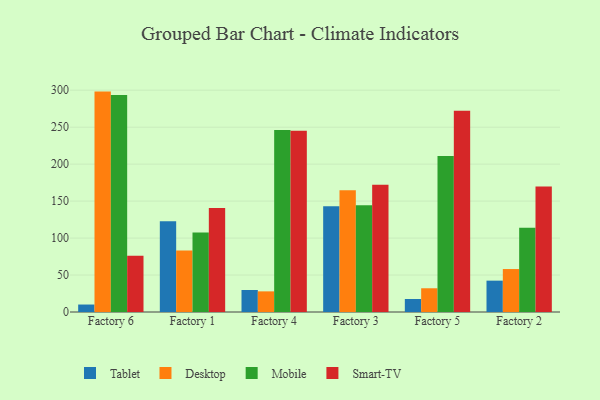
{"axis": {"x": "Factory", "y": "Production Output"}, "legend": ["Desktop", "Mobile", "Smart-TV", "Tablet"], "data": [{"x": "Factory 6", "y": 10.1, "type": "Tablet"}, {"x": "Factory 6", "y": 298.1, "type": "Desktop"}, {"x": "Factory 6", "y": 293.4, "type": "Mobile"}, {"x": "Factory 6", "y": 76.1, "type": "Smart-TV"}, {"x": "Factory 1", "y": 122.6, "type": "Tablet"}, {"x": "Factory 1", "y": 83.3, "type": "Desktop"}, {"x": "Factory 1", "y": 107.5, "type": "Mobile"}, {"x": "Factory 1", "y": 140.7, "type": "Smart-TV"}, {"x": "Factory 4", "y": 29.8, "type": "Tablet"}, {"x": "Factory 4", "y": 27.9, "type": "Desktop"}, {"x": "Factory 4", "y": 246.3, "type": "Mobile"}, {"x": "Factory 4", "y": 245.2, "type": "Smart-TV"}, {"x": "Factory 3", "y": 143.0, "type": "Tablet"}, {"x": "Factory 3", "y": 164.8, "type": "Desktop"}, {"x": "Factory 3", "y": 144.5, "type": "Mobile"}, {"x": "Factory 3", "y": 172.2, "type": "Smart-TV"}, {"x": "Factory 5", "y": 17.6, "type": "Tablet"}, {"x": "Factory 5", "y": 32.1, "type": "Desktop"}, {"x": "Factory 5", "y": 211.1, "type": "Mobile"}, {"x": "Factory 5", "y": 272.3, "type": "Smart-TV"}, {"x": "Factory 2", "y": 42.4, "type": "Tablet"}, {"x": "Factory 2", "y": 58.1, "type": "Desktop"}, {"x": "Factory 2", "y": 113.9, "type": "Mobile"}, {"x": "Factory 2", "y": 169.7, "type": "Smart-TV"}]}